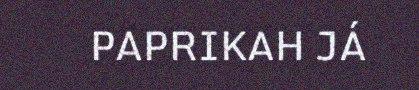
PAPRIKAH JÁ